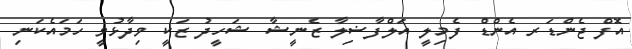
އޮފް ޖެންޑަރ އެންޑް ފެމިލީ އަލްފާޟިލާ ޒެނީޝާ ޝަހީދު ޒަކީ ވިދާޅުވީ ހަމައެކަނި